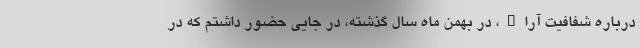
درباره شفافیت آراء، در بهمن ماه سال گذشته، در جایی حضور داشتم که در